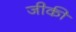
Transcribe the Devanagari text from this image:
जीकी